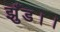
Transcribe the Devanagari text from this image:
झुँड।।